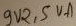
Text: 9V2,5VA